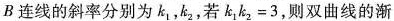
B连线的斜率分别为k_{1}，k_{2}，若$$k _ { 1 }